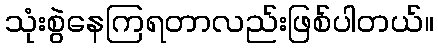
သုံးစွဲနေကြရတာလည်းဖြစ်ပါတယ်။